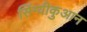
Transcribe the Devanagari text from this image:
सिंग्यीकुआन